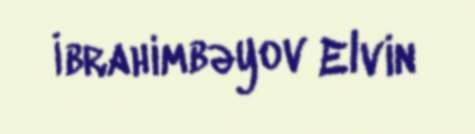
İbrahimbəyov Elvin